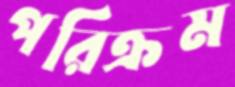
পরিক্রম